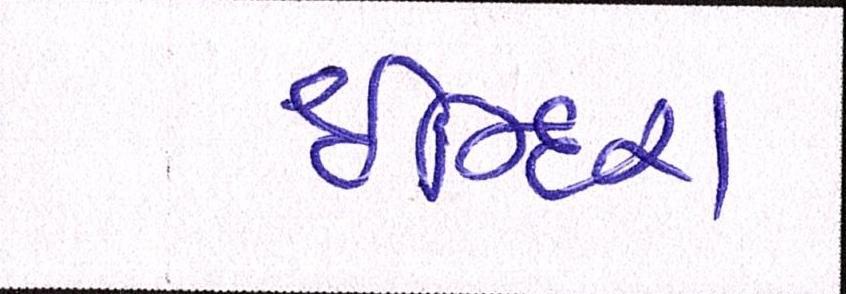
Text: ઈન્દિરા